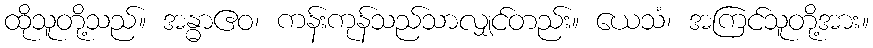
ထိုသူတို့သည်။ အန္ဓာဧဝ၊ ကန်းကုန်သည်သာလျှင်တည်း။ ယေသံ၊ အကြင်သူတို့အား။